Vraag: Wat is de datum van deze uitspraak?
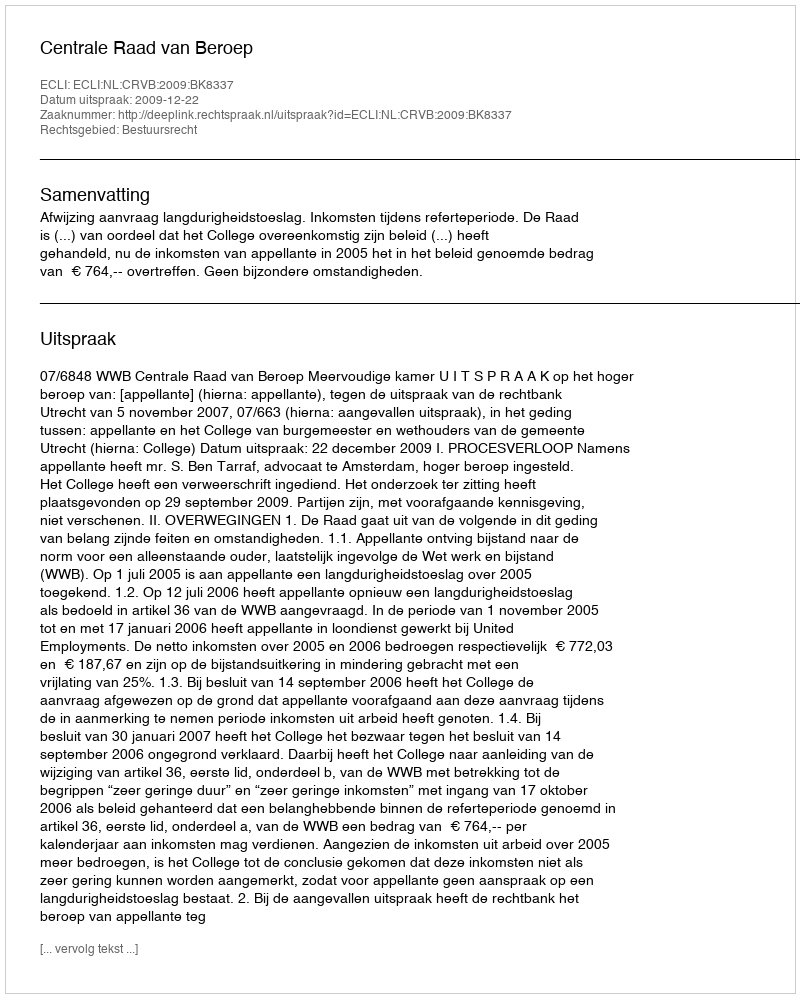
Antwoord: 2009-12-22